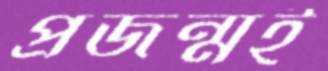
প্রজন্মই